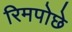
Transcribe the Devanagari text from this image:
रिमपोछे